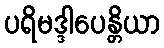
ပရိမဒ္ဒါပေန္တိယာ